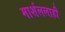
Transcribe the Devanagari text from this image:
मार्शललाही